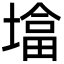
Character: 墖